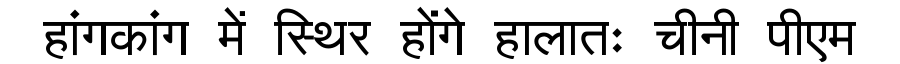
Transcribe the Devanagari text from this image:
हांगकांग में स्थिर होंगे हालातः चीनी पीएम